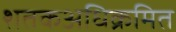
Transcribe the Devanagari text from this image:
शतकअधिक्रमित